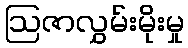
ဩဇာလွှမ်းမိုးမှု